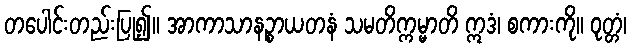
တပေါင်းတည်းပြု၍။ အာကာသာနဉ္စာယတနံ သမတိက္ကမ္မာတိ ဣဒံ၊ စကားကို။ ဝုတ္တံ၊